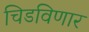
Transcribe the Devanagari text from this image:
चिडविणार